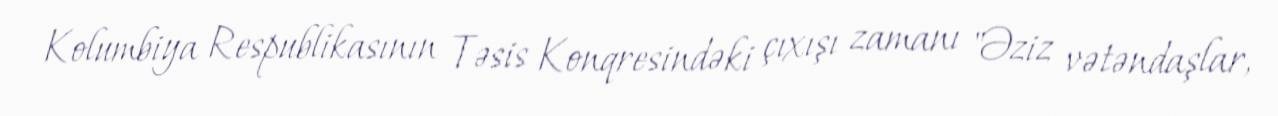
Kolumbiya Respublikasının Təsis Konqresindəki çıxışı zamanı "Əziz vətəndaşlar,